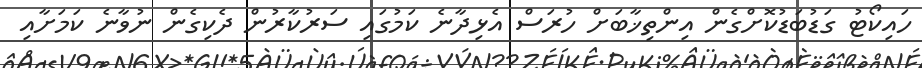
ހައިކޯޓު ގަޑުބަޑުކޮށްގެން އިންތިޚާބަށް ހުރަސް އެޅިދާނެ ކަމުގައި ސަރުކާރުން ދެކިގެން ނުވާނެ ކަމަށާއި